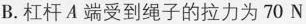
B.杠杆A端受到绳子的拉力为70N